Report on vaccination in Madras 1904-1921 - 1904-1921
Year: 1904
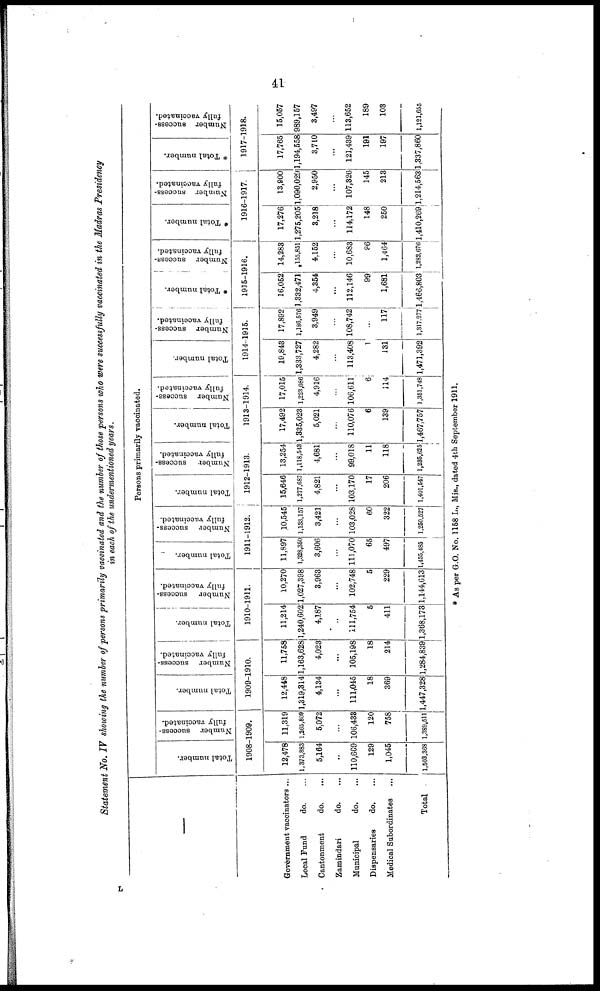
41
Statement No. IV showing the number of persons primarily vaccinated and the number of those persons who were successfully vaccinated in the Madras Presidency
in each of the undermentioned years.
—
Government vaccinators ...
Local Fund
do. ...
Cantonment
do.
...
Zamindari
do. ...
Municipal
do. ...
Dispensaries
do. ...
Medical Subordinates ...
Total .
Persons primarily vaccinated.
Total number.
Number success-
fully vaccinated.
1908-1909.
12,478
1,373,883
5,161
...
110,669
129
1,045
1,503,368
11,319
1,265,809
5,072
...
106,433
120
758
1,389,511
Total number.
Number success-
fully vaccinated.
1909-1910.
12,448
1,319,314
4,134
...
111,045
18
369
1,447,328
11,758
1,163,628
4,023
...
105,198
18
214
1,284,839
Total number.
Number
success-
fully vaccinated.
1910-1911.
11,214
1,240,602
4,187
...
111,754
5
411
1,368,173
10,270
1,027,398
3,963
...
102,748
5
229
1,144,613
Total number.
Number success-
fully vaccinated.
1911-1912.
11,897
1,328,350
3,606
...
111,070
65
497
1,455,485
10,545
1,133,157
3,421
...
103,028
60
322
1,250,527
Total number.
Number success¬
fully vaccinated.
1912-1913.
15,646
1,277,687
4,821
...
103,170
17
206
1,401,547
13,254
1,118,543
4,681
...
99,018
11
118
1,235,625
Total number.
Number success-
fully vaccinated.
1913-1914.
17,492
1,335,023
5,021
...
110,076
6
139
1,467,757
17,015
1,223,086
4,916
...
106,611
6
114
1,351,748
Total number.
Number success-
fully vaccinated.
1914-1915.
19,843
1,333,727
4,282
...
113,408
1
131
1,471,392
17,892
1,186,576
3,949
...
108,742
...
117
1,317,277
* Total number.
Number success-
fully vaccinated.
1915-1916.
16,052
1,332,471
4,354
...
112,146
99
1,681
1,466,803
14,283
155,851
4,152
...
10,683
96
1,464
1,282,676
* Total number.
Number success-
fully vaccinated.
1916-1917.
17,276
1,275,205
3,218
...
114,172
148
250
1,410,269
13,900
1,090,029
2,950
...
107,326
145
213
1,214,563
* Total number.
Number success-
fully vaccinated.
1917-1918.
17,765
1,194,558
3,710
...
121,439
191
197
1,337,860
15,057
989,157
3,497
...
113,652
189
103
1,121,655
* As per G.O. No. 1158 L., Mis., dated 4th September 1911.
L